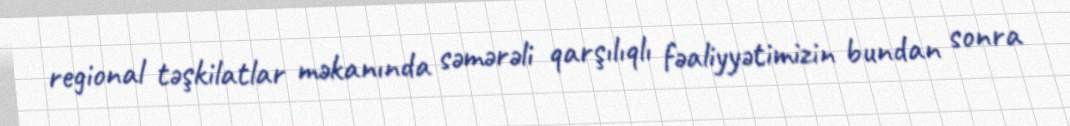
regional təşkilatlar məkanında səmərəli qarşılıqlı fəaliyyətimizin bundan sonra